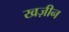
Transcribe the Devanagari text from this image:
खज़ीन